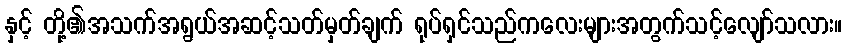
နှင့် တို့၏အသက်အရွယ်အဆင့်သတ်မှတ်ချက် ရုပ်ရှင်သည်ကလေးများအတွက်သင့်လျော်သလား။